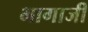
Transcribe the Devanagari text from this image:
भागाजी